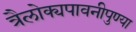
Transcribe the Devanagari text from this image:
त्रैलोक्यपावनीपुण्या